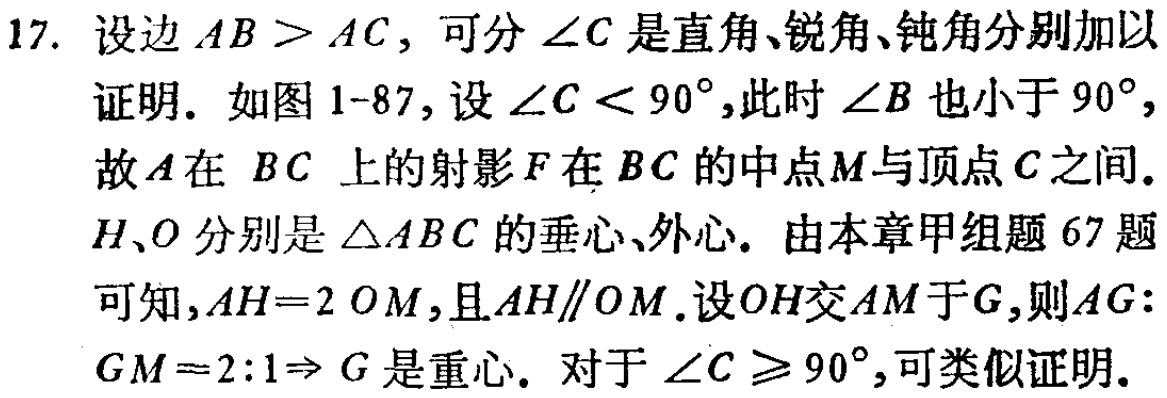
17. 设边 \(AB > AC\)，可分 \(\angle C\) 是直角、锐角、钝角分别加以

证明. 如图 1-87, 设 \(\angle C < 90^{\circ}\),此时 \(\angle B\) 也小于 \(90^{\circ}\),

故 \(A\) 在 \(BC\) 上的射影 \(F\) 在 \(BC\) 的中点 \(M\)与顶点 \(C\) 之间.

\(H、O\) 分别是 \(\triangle ABC\) 的垂心、外心. 由本章甲组题 67 题

可知,\(AH = 2OM\),且 \(AH\parallel OM\).设 \(OH\)交 \(AM\)于 \(G\),则 \(AG:\)

\(GM = 2:1\Rightarrow G\) 是重心. 对于 \(\angle C\geq 90^{\circ}\),可类似证明.